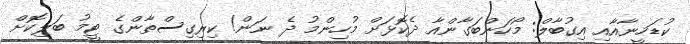
ކުޑަހީނާއާއި އިގުބާލް: މޯހަންބަގާންއާ ދެކޮޅަށް މުހިންމު ދެ ނަން! ކިރިގިސްތާންގެ ޓީމު ބަލިކޮށް